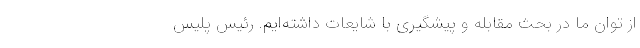
از توان ما در بحث مقابله و پیشگیری با شایعات داشته‌ایم. رئیس پلیس